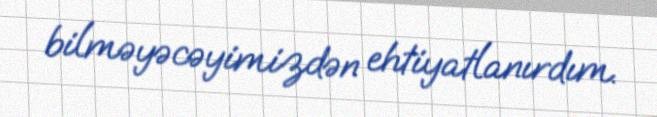
bilməyəcəyimizdən ehtiyatlanırdım.